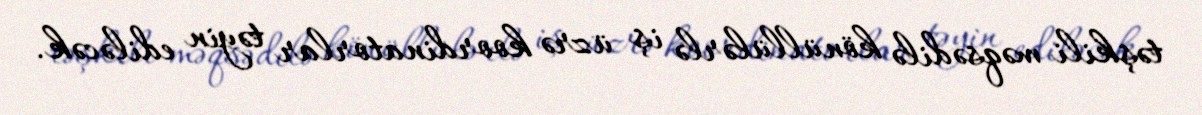
təşkili məqsədilə könüllülərlə iş üzrə koordinatorlar təyin ediləcək.